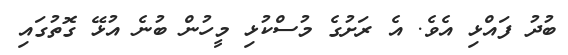
ބުދު ފައްޅި އެވެ. އެ ރަށުގެ މުސްކުޅި މީހުން ބުނެ އުޅޭ ގޮތުގައި